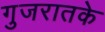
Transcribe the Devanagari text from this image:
गुजरातके